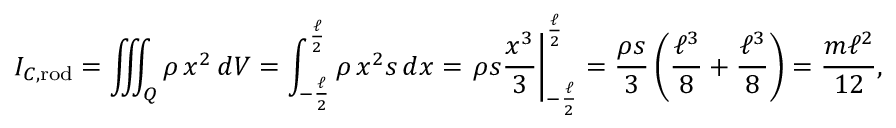
I _ { C , { \mathrm { r o d } } } = \iiint _ { Q } \rho \, x ^ { 2 } \, d V = \int _ { - { \frac { \ell } { 2 } } } ^ { \frac { \ell } { 2 } } \rho \, x ^ { 2 } s \, d x = \left. \rho s { \frac { x ^ { 3 } } { 3 } } \right| _ { - { \frac { \ell } { 2 } } } ^ { \frac { \ell } { 2 } } = { \frac { \rho s } { 3 } } \left( { \frac { \ell ^ { 3 } } { 8 } } + { \frac { \ell ^ { 3 } } { 8 } } \right) = { \frac { m \ell ^ { 2 } } { 1 2 } } ,